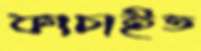
কাচাইত